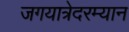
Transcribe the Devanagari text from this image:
जगयात्रेदरम्यान